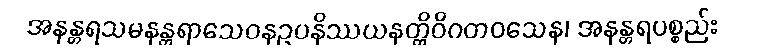
အနန္တရသမနန္တရာသေဝနဥပနိဿယနတ္ထိဝိဂတဝသေန၊ အနန္တရပစ္စည်း